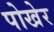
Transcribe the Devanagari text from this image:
पोखेर